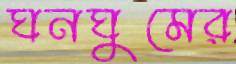
ঘনঘুমের